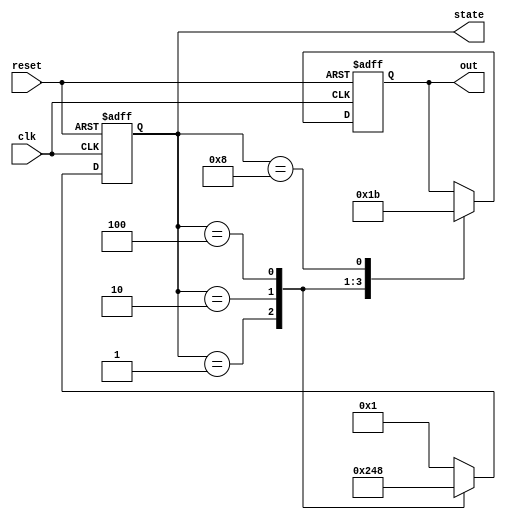
// This program was cloned from: https://github.com/Suni123456789/100DaysRTL
// License: Apache License 2.0

`timescale 1ns / 1ps

module one_hot_fsm (
  input clk, reset,
  output reg [3:0] state,
  output reg [1:0]out);

parameter [3:0] IDLE = 4'b0001,
                STATE1 = 4'b0010,
                STATE2 = 4'b0100,
                STATE3 = 4'b1000;

always @(posedge clk, posedge reset) begin
  if (reset) 
    begin
        state <= IDLE;
        out<= 2'b00;
    end 
    
  else 
    begin
    
    case(state)
    
      IDLE: begin
        out<= 2'b00;
        state <= STATE1;
      end
      
      STATE1: begin
        out<= 2'b01;
        state <= STATE2;
      end
      
      STATE2: begin
        out<= 2'b10;
        state <= STATE3;
      end
      
      STATE3: begin
        out<= 2'b11;
        state <= IDLE;
      end
      
      default: state <= IDLE;
      
    endcase
  end
end
endmodule